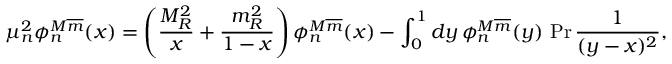
\mu _ { n } ^ { 2 } \phi _ { n } ^ { M \overline { { { m } } } } ( x ) = \left( \frac { M _ { R } ^ { 2 } } { x } + \frac { m _ { R } ^ { 2 } } { 1 - x } \right) \phi _ { n } ^ { M \overline { { { m } } } } ( x ) - \int _ { 0 } ^ { 1 } d y \, \phi _ { n } ^ { M \overline { { { m } } } } ( y ) \, \operatorname * { P r } \frac { 1 } { ( y - x ) ^ { 2 } } ,